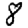
Digit: 8